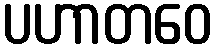
ပဟာတဝေ